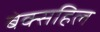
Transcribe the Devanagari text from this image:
बेक्सहिल